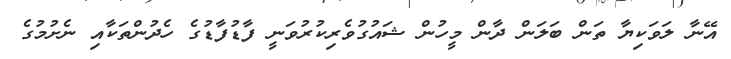
އޭނާ ލަވަކިޔާ ތަން ބަލަން ދާން މީހުން ޝައުގުވެރިކުރުވަނީ ފާޑުފާޑުގެ ހެދުންތަކާއި ނެށުމުގެ